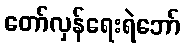
တော်လှန်ရေးရဲဘော်